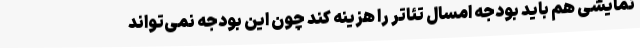
نمایشی هم باید بودجه امسال تئاتر را هزینه کند چون این بودجه نمی‌تواند